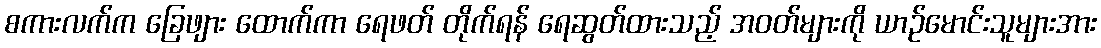
စကားလက်က ခြေဖျား ထောက်ကာ ရေဖတ် တိုက်ရန် ရေဆွတ်ထားသည့် အဝတ်များကို ယာဉ်မောင်းသူများအား